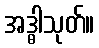
အဒ္ဓါသုတ်။